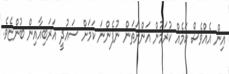
އިން އެއްވެސް ކަމެއް ކުރަމުން އަންނަތަން ނުފެންނަ ކަމަށް ސައުދީ އަރަބިއާއިން ބުންޏެވެ.